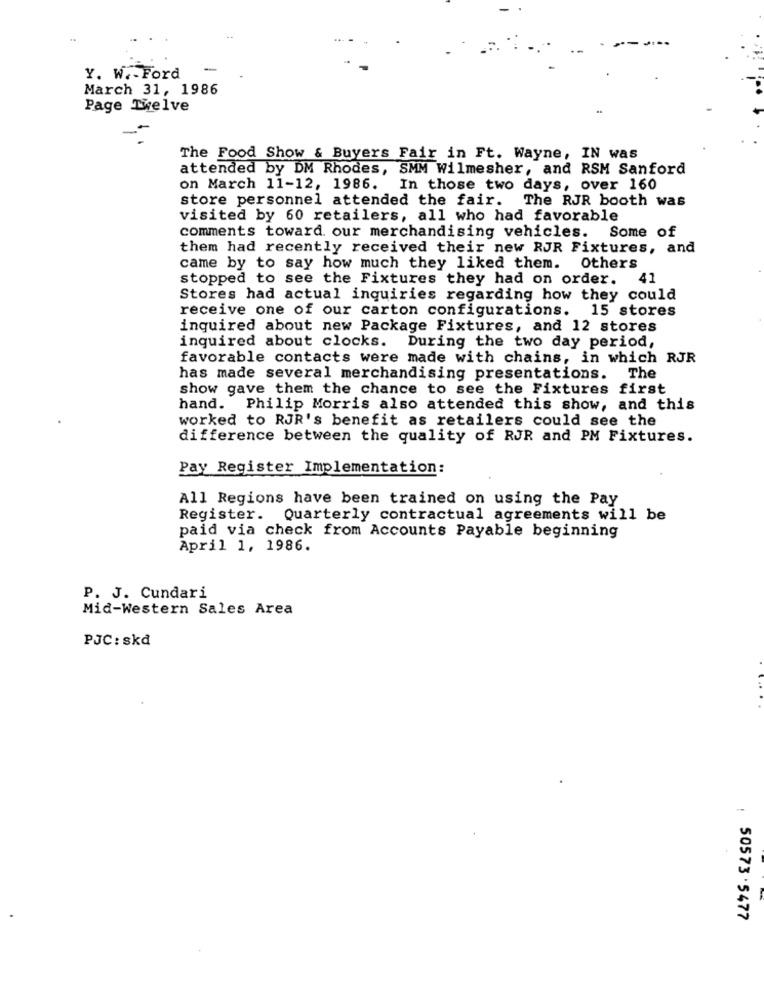
-
Y. W .- Ford
March 31, 1986
Page Twelve
The Food Show & Buyers Fair in Ft. Wayne, IN was
attended by DM Rhodes, SMM Wilmesher, and RSM Sanford
on March 11-12, 1986. In those two days, over 160
store personnel attended the fair. The RJR booth was
visited by 60 retailers, all who had favorable
comments toward. our merchandising vehicles. Some of
them had recently received their new RJR Fixtures, and
came by to say how much they liked them. Others
stopped to see the Fixtures they had on order.4
Stores had actual inquiries regarding how they could
receive one of our carton configurations. 15 stores
inquired about new Package Fixtures, and 12 stores
inquired about clocks. During the two day period,
favorable contacts were made with chains, in which RJR
has made several merchandising presentations. The
show gave them the chance to see the Fixtures first
hand. Philip Morris also attended this show, and this
worked to RJR's benefit as retailers could see the
difference between the quality of RJR and PM Fixtures.
Pay Register Implementation:
All Regions have been trained on using the Pay
Register. Quarterly contractual agreements will be
paid via check from Accounts Payable beginning
April 1, 1986.
P. J. Cundari
Mid-Western Sales Area
PJC: sk₫
: 50573 .5477